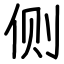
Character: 侧